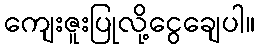
ကျေးဇူးပြုလို့ငွေချေပါ။